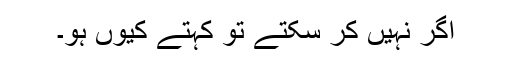
اگر نہیں کر سکتے تو کہتے کیوں ہو۔